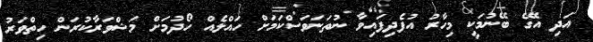
އަދި އޭގެ ބޭނުމަކީ މިހާރު އުފެދިފައިވާ ނުތަނަވަސްކަމަށް ހައްލެއް ހޯދުމަށް މަޝްވަރާކުރަން ހިތްވަރު